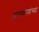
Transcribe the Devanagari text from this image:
असणाऱ्यांच्या